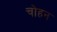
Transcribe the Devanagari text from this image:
चोहन